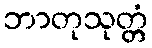
ဘာတုသုတ္တံ